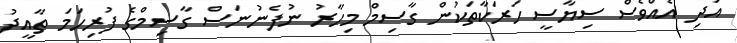
އަދި އެއްވެސް ސިޔާސީ ހަރަކާތަކުން ގާސިމް މިހާރު ނުފެނުނަސް ގާސިމްގެ ފުރިހަމަ ތާއީދު